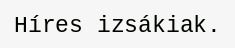
Híres izsákiak.